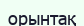
орынтақ